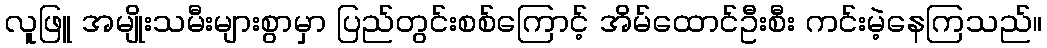
လူဖြူ အမျိုးသမီးများစွာမှာ ပြည်တွင်းစစ်ကြောင့် အိမ်ထောင်ဦးစီး ကင်းမဲ့နေကြသည်။